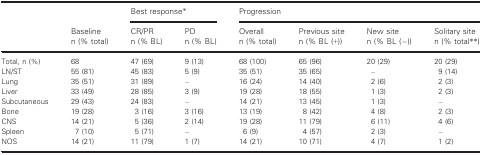
| <ROWSPAN=3>  | <ROWSPAN=2> Baseline | <COLSPAN=2> Best responsea | <COLSPAN=4> Progression |
 | CR/PR | PD | Overall | Previous site | New site | Solitary site |
 | n (% total) | n (% BL) | n (% BL) | n (% total) | n (% BL (+)) | n (% BL (−)) | n (% totalb) |
 | --- | --- | --- | --- | --- | --- | --- | --- |
 | Total, n (%) | 68 | 47 (69) | 9 (13) | 68 (100) | 65 (96) | 20 (29) | 20 (29) |
 | LN/ST | 55 (81) | 45 (83) | 5 (9) | 35 (51) | 35 (65) | – | 9 (14) |
 | Lung | 35 (51) | 31 (89) | – | 16 (24) | 14 (40) | 2 (6) | 2 (3) |
 | Liver | 33 (49) | 28 (85) | 3 (9) | 19 (28) | 18 (55) | 1 (3) | 2 (3) |
 | Subcutaneous | 29 (43) | 24 (83) | – | 14 (21) | 13 (45) | 1 (3) | – |
 | Bone | 19 (28) | 3 (16) | 3 (16) | 13 (19) | 8 (42) | 4 (8) | 2 (3) |
 | CNS | 14 (21) | 5 (36) | 2 (14) | 19 (28) | 11 (79) | 6 (11) | 4 (6) |
 | Spleen | 7 (10) | 5 (71) | – | 6 (9) | 4 (57) | 2 (3) | – |
 | NOS | 14 (21) | 11 (79) | 1 (7) | 14 (21) | 10 (71) | 4 (7) | 1 (2) |